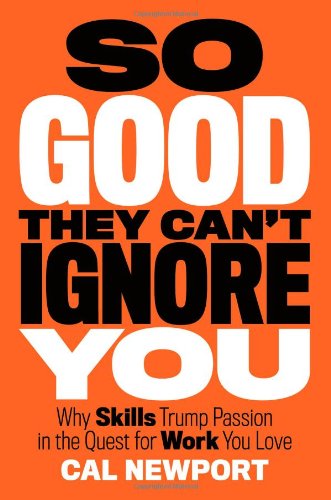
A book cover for So Good They Can't Ignore You: Why Skills Trump Passion in the Quest for Work You Love; Cal Newport; Business & Money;